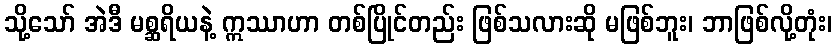
သို့သော် အဲဒီ မစ္ဆရိယနဲ့ ဣဿာဟာ တစ်ပြိုင်တည်း ဖြစ်သလားဆို မဖြစ်ဘူး၊ ဘာဖြစ်လို့တုံး၊